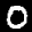
Label: 0